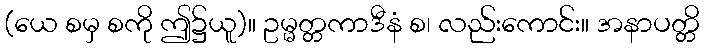
(ယေ စမှ စကို ဤ၌ယူ)။ ဥမ္မတ္တကာဒီနံ စ၊ လည်းကောင်း။ အနာပတ္တိ